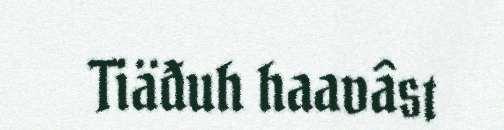
Tiäđuh haavâst